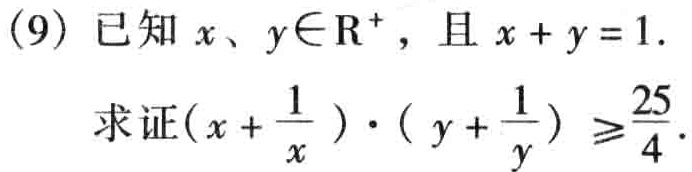
(9) 已知 \(x、y\in\mathrm{R}^{+}\)，且 \(x + y = 1\).
求证\((x+\frac{1}{x})\cdot(y + \frac{1}{y})\geqslant\frac{25}{4}\).